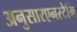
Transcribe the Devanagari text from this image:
अनुसारएनस्टेमि